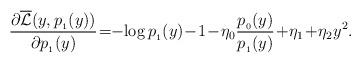
LaTeX: \begin{align*}\frac{\partial \overline{\mathcal{L}}(y, p_{_1}(y))}{\partial p_{_1}(y)} \!=\! \!-\!\log p_{_1}(y) \!-\!1 \!-\! \eta_0 \frac{p_{_0}(y)}{p_{_1}(y)} \!+\! \eta_1 \!+\! \eta_2 y^2.\end{align*}